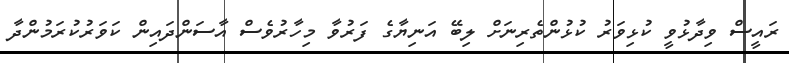
ރައީސް ވިދާޅުވީ ކުޅިވަރު ކުޅުންތެރިނަށް ލިބޭ އަނިޔާގެ ފަރުވާ މިހާރުވެސް އާސަންދައިން ކަވަރުކުރަމުންދާ